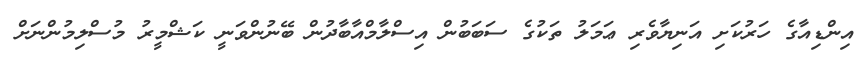
އިންޑިއާގެ ހަރުކަށި އަނިޔާވެރި ޢަމަލު ތަކުގެ ސަބަބުން އިސްލާމްއާބާދުން ބޭނުންވަނީ ކަޝްމީރު މުސްލިމުންނަށް